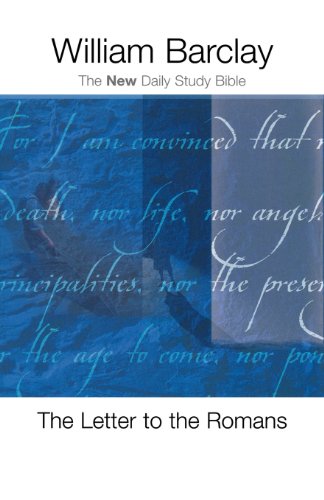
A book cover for The Letter to the Romans (The New Daily Study Bible); William Barclay; Christian Books & Bibles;